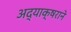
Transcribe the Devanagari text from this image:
अद्याक्षराने